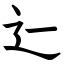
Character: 辷